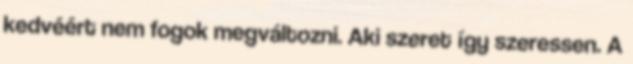
kedvéért nem fogok megváltozni. Aki szeret így szeressen. A